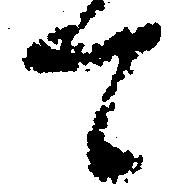
て